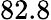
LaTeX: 82.8